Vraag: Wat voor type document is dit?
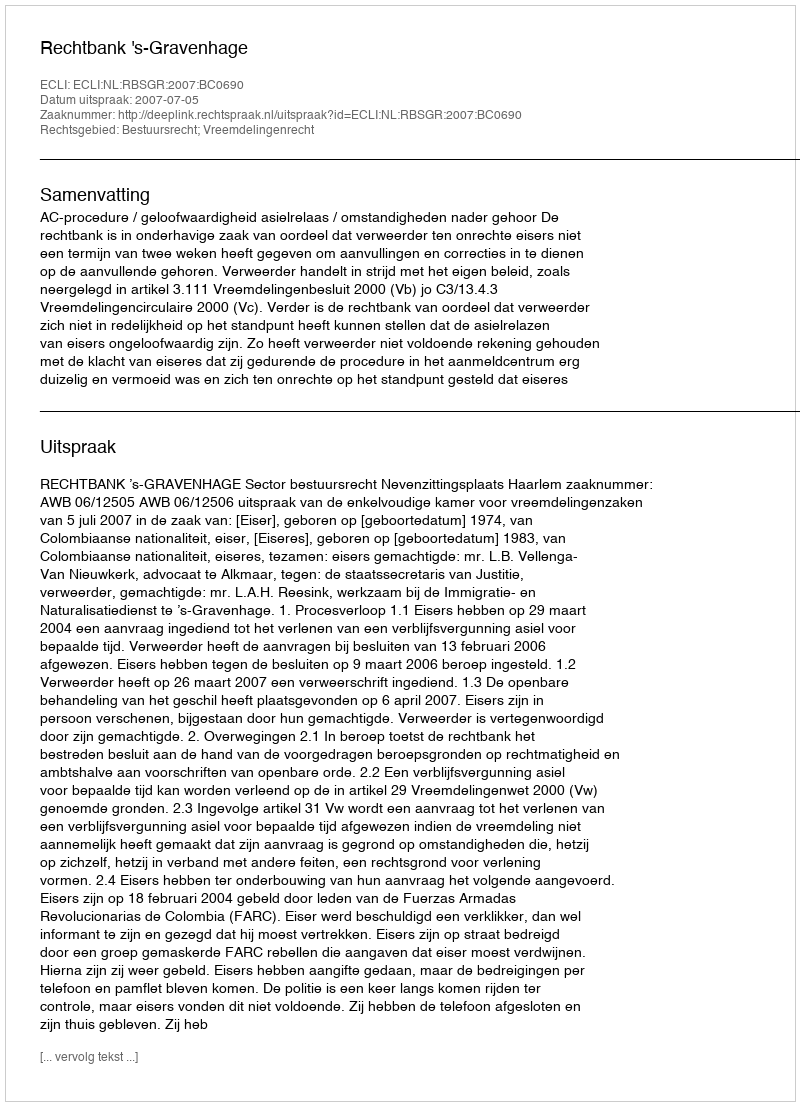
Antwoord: Uitspraak